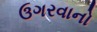
ઉગરવાનો